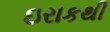
ઇરાકથી